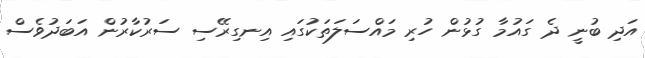
އަދި ބުނީ ދެ ގައުމާ ގުޅުން ހުރި މައްސަލަތަކުގައި އިނގިރޭސި ސަރުކާރުން އަބަދުވެސް